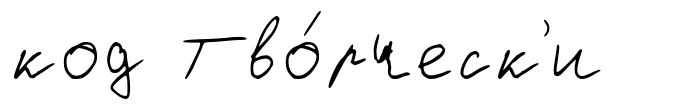
код Тво́рческ'и